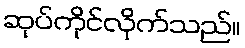
ဆုပ်ကိုင်လိုက်သည်။